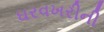
ઘરવખરીની